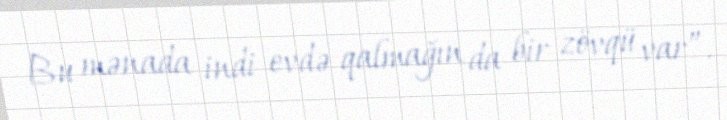
Bu mənada indi evdə qalmağın da bir zövqü var”.